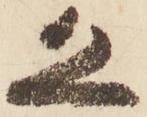
恐